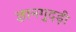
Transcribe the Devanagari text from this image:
ज्ञानगुदड़ी